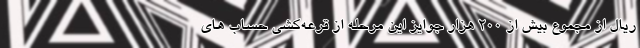
ریال از مجموع بیش از 200 هزار جوایز این مرحله از قرعه‌کشی حساب های